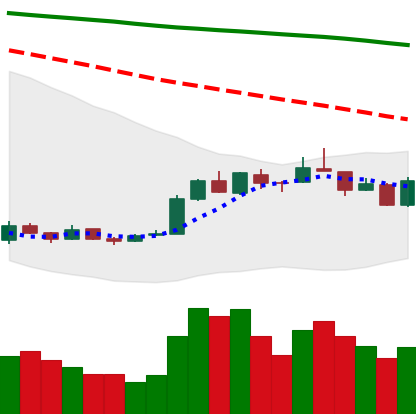
Ticker: EOS-USD
Chart end date: 2018-12-28
Forward return: 9.136%
Label: up_7plus